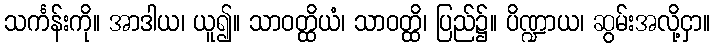
သင်္ကန်းကို။ အာဒါယ၊ ယူ၍။ သာဝတ္ထိယံ၊ သာဝတ္ထိ၊ ပြည်၌။ ပိဏ္ဍာယ၊ ဆွမ်းအလို့ငှာ။